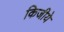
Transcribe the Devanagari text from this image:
किजीये